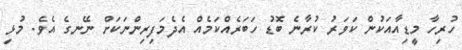
ހުރިހާ މީޑިއާއަކުން ކަވަރު ކުރާނެ ބޮޑު ހަބަރެއްކަމެއް އެދެމަފިރިންނަކަށް ނޭނގެ އެވެ. މުޅި